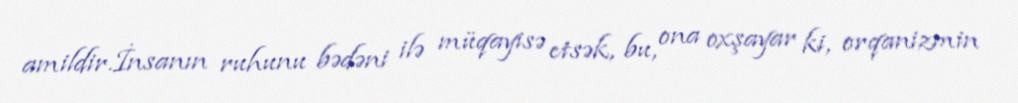
amildir.İnsanın ruhunu bədəni ilə müqayisə etsək, bu, ona oxşayar ki, orqanizmin